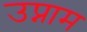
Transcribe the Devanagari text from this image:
उप्नाम